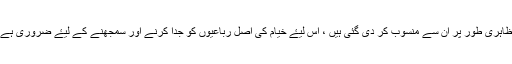
خیام کی رباعیوں میں سے بہت سی رباعیاں ایسی ہیں جو ظاہری طور پر ان سے منسوب کر دی گئی ہیں ، اس لیۓ خیام کی اصل رباعیوں کو جدا کرنے اور سمجھنے کے لیۓ ضروری ہے کہ ان کی شخصیت اور شاعری پر مزید تحقیق کی جاۓ ۔